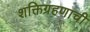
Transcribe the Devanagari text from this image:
शक्तिग्रहणाची